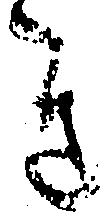
き